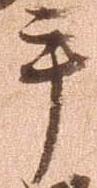
手